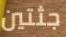
جثتين